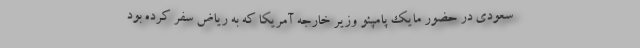
سعودی در حضور مایک پامپئو وزیر خارجه آمریکا که به ریاض سفر کرده بود